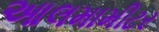
આલમામીટર